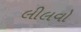
લીલવો